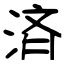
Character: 済